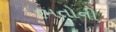
રમતોની